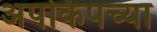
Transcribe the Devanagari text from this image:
अपकिपच्या